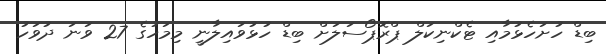
ބިޑް ހުށަހެޅުމާއި ޓެކްނިކަލް ޕްރޮޕޯސަލަށް ބިޑް ހުޅުވައިލާނީ މިމަހުގެ 27 ވަނަ ދުވަހު